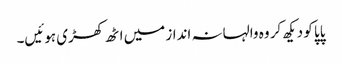
پاپا کو دیکھ کر وہ والہانہ انداز میں اٹھ کھڑی ہوئیں۔